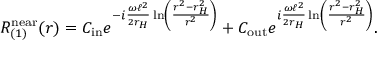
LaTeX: R _ { ( 1 ) } ^ { \mathrm { n e a r } } ( r ) = C _ { \mathrm { i n } } e ^ { - i \frac { \omega \ell ^ { 2 } } { 2 r _ { H } } \ln \left( \frac { r ^ { 2 } - r _ { H } ^ { 2 } } { r ^ { 2 } } \right) } + C _ { \mathrm { o u t } } e ^ { i \frac { \omega \ell ^ { 2 } } { 2 r _ { H } } \ln \left( \frac { r ^ { 2 } - r _ { H } ^ { 2 } } { r ^ { 2 } } \right) } .